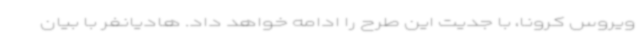
ویروس کرونا، با جدیت این طرح را ادامه خواهد داد. هادیانفر با بیان